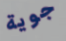
جوية